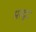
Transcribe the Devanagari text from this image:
मरदूद